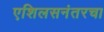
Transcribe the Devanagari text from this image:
एशिलसनंतरचा